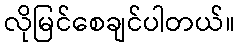
လိုမြင်စေချင်ပါတယ်။